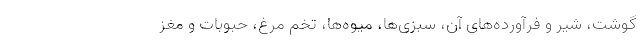
گوشت، شیر و فرآورده‌های آن، سبزی‌ها، میوه‌ها، تخم مرغ، حبوبات و مغز